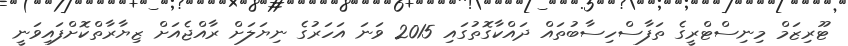
ޓޫރިޒަމް މިނިސްޓްރީގެ ތަފާސްހިސާބުތައް ދައްކާގޮތުގައި 2015 ވަނަ އަހަރުގެ ނިޔަލަށް ރާއްޖެއަށް ޒިޔާރާތްކޮށްފައިވަނީ